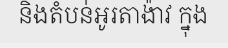
និងតំបន់អូរតាង៉ាវ ក្នុង